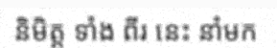
និមិត្ត ទាំង ពីរ នេះ នាំមក